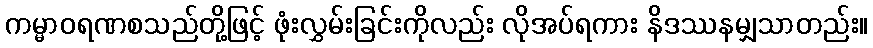
ကမ္မာဝရဏစသည်တို့ဖြင့် ဖုံးလွှမ်းခြင်းကိုလည်း လိုအပ်ရကား နိဒဿနမျှသာတည်း။